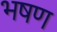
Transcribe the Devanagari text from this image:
भषण